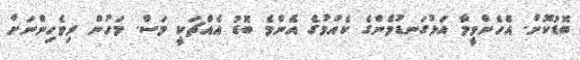
ބޮޑުކޮށް. އެހެންވީމާ އަޅުގަނޑުމެންގެ ކެއުމުގެ އެންމެ ބޮޑު އެއްޗަކީ މަސް. މަހުން ދިވެހިންނަށް